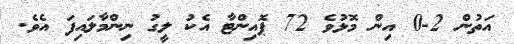
އަތުން 2-0 އިން މޮޅުވެ 72 ޕޮއިންޓާ އެކު ލީގު ނިންމާލައިފަ އެވެ.